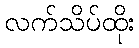
လက်သိပ်ထိုး